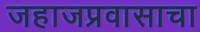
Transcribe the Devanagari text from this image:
जहाजप्रवासाचा